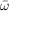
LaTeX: \bar { \boldsymbol { \omega } }